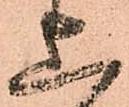
上